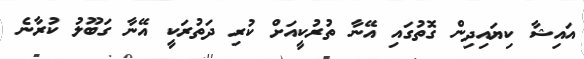
އައިޝާ ކިޔައިދިން ގޮތުގައި އޭނާ ތުރުކީއަށް ކުރި ދަތުރަކީ އޭނާ ގަބޫލު ކުރާނެ